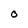
Character: 0